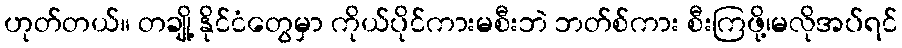
ဟုတ်တယ်။ တချို့ နိုင်ငံတွေမှာ ကိုယ်ပိုင်ကားမစီးဘဲ ဘတ်စ်ကား စီးကြဖို့၊မလိုအပ်ရင်